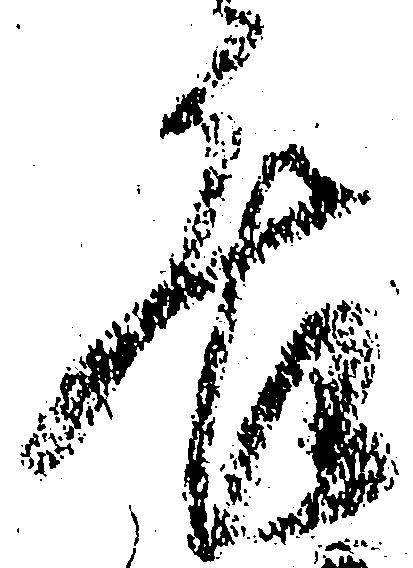
后